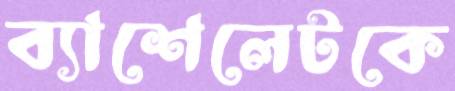
ব্যাশেলেটকে